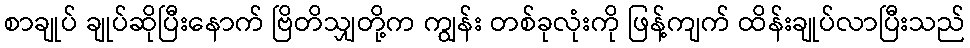
စာချုပ် ချုပ်ဆိုပြီးနောက် ဗြိတိသျှတို့က ကျွန်း တစ်ခုလုံးကို ဖြန့်ကျက် ထိန်းချုပ်လာပြီးသည်